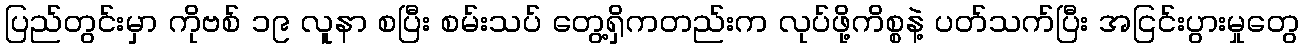
ပြည်တွင်းမှာ ကိုဗစ် ၁၉ လူနာ စပြီး စမ်းသပ် တွေ့ရှိကတည်းက လုပ်ဖို့ကိစ္စနဲ့ ပတ်သက်ပြီး အငြင်းပွားမှုတွေ